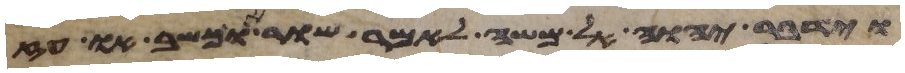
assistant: וידבר יהוה אל משה לאמר שור או כשב או עז